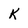
Character: K